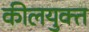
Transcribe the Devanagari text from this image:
कीलयुक्त